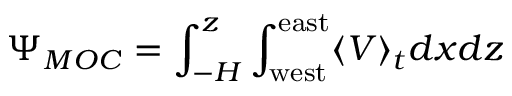
\Psi _ { M O C } = \int _ { - H } ^ { z } \int _ { \mathrm { w e s t } } ^ { \mathrm { e a s t } } \langle V \rangle _ { t } d x d z